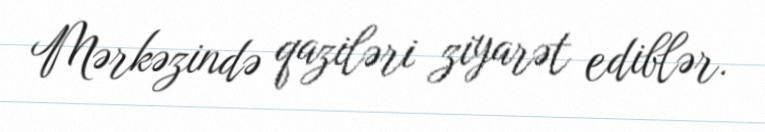
Mərkəzində qaziləri ziyarət ediblər.